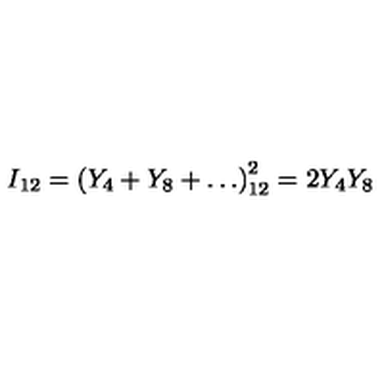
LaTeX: I _ { 1 2 } = \left( Y _ { 4 } + Y _ { 8 } + \ldots \right) _ { 1 2 } ^ { 2 } = 2 Y _ { 4 } Y _ { 8 }